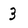
Character: 3